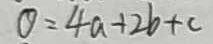
O = 4 a + 2 b + c